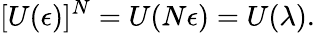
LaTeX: [U(\mathbf{\epsilon})]^{N}=U(N\mathbf{\epsilon})=U(\mathbf{\lambda}).